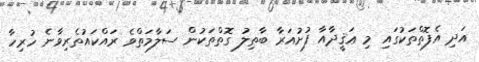
އަދި އެފޮތްތަކުގައި މި ޢަޤީދާއާ ފުށުއަރާ ބާޠިލު ގޮތްތަކުން ސަލާމަތްވެ ރައްކައުތެރިވާނެ ހުރިހާ